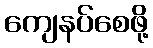
ကျေနပ်စေဖို့